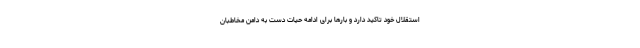
استقلال خود تاکید دارد و بارها برای ادامه حیات دست به دامن مخاطبان